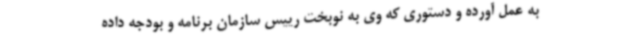
به عمل آورده و دستوری که وی به نوبخت رییس سازمان برنامه و بودجه داده